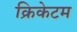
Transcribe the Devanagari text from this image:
क्रिकेटम